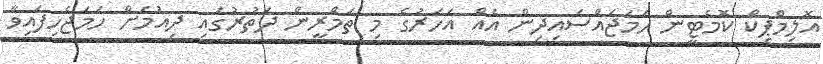
އޮލިމްޕިކް ކޮމެޓީން ހަމަޖައްސައިދިން އެއް އަހަރުގެ މި ތަމްރީން ދަތުރުގައި ދިއުމަށް ހަމަޖެހިފައިވާ